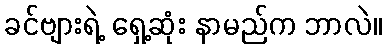
ခင်ဗျားရဲ့ ရှေ့ဆုံး နာမည်က ဘာလဲ။